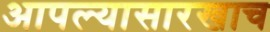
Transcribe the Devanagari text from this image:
आपल्यासारखाच